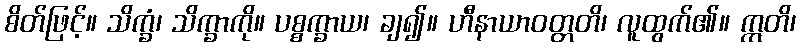
စိတ်ဖြင့်။ သိက္ခံ၊ သိက္ခာကို။ ပစ္စက္ခာယ၊ ချ၍။ ဟီနာယာဝတ္တတိ၊ လူထွက်၏။ ဣတိ၊